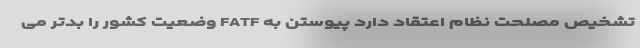
تشخیص مصلحت نظام اعتقاد دارد پیوستن به FATF وضعیت کشور را بدتر می